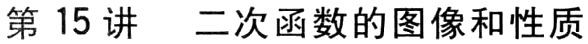
第15讲 二次函数的图像和性质